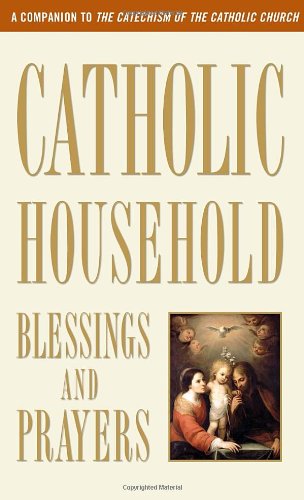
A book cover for Catholic Household Blessings and Prayers; U.S. Catholic Bishops; Religion & Spirituality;